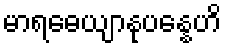
မာရဓေယျာနုပန္နေဟိ